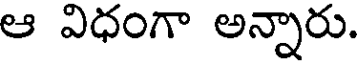
ఆ విధంగా అన్నారు.